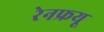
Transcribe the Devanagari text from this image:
रेनफ्रयू